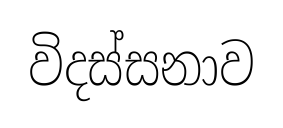
විදස්සනාව